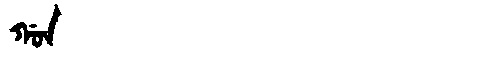
Manchu: ᡤᠣᠨ
Romanization: GON